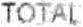
TOTAL